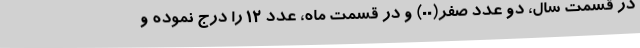
در قسمت سال، دو عدد صفر(۰۰) و در قسمت ماه، عدد ۱۲ را درج نموده و